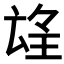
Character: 𱯁